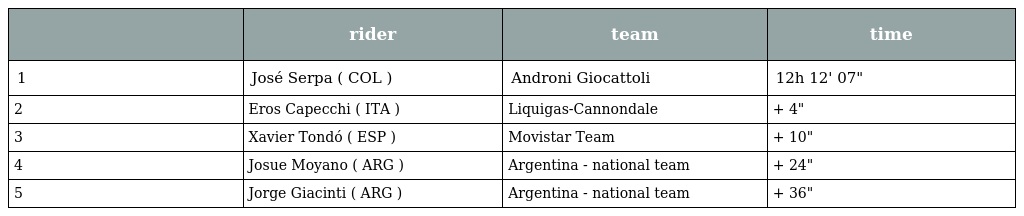
|  | rider | team | time |
 | --- | --- | --- | --- |
 | 1 | José Serpa ( COL ) | Androni Giocattoli | 12h 12' 07" |
 | 2 | Eros Capecchi ( ITA ) | Liquigas-Cannondale | + 4" |
 | 3 | Xavier Tondó ( ESP ) | Movistar Team | + 10" |
 | 4 | Josue Moyano ( ARG ) | Argentina - national team | + 24" |
 | 5 | Jorge Giacinti ( ARG ) | Argentina - national team | + 36" |